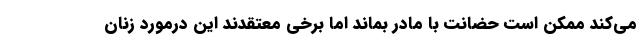
می‌کند ممکن است حضانت با مادر بماند اما برخی معتقدند این درمورد زنان